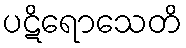
ပဋိရောသေတိ